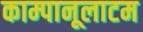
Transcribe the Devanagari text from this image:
काम्पानूलाटम